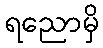
ရညောမှိ